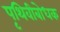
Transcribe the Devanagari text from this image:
पृथिवीबोधक